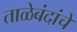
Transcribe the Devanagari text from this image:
ताळेबंदांचे